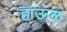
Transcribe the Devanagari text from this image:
हाऊळ